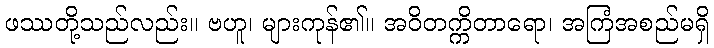
ဖဿတို့သည်လည်း။ ဗဟူ၊ များကုန်၏။ အဝိတက္ကိတာရော၊ အကြံအစည်မရှိ